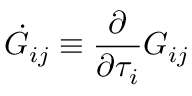
\dot { G } _ { i j } \equiv \frac { \partial } { \partial \tau _ { i } } G _ { i j }